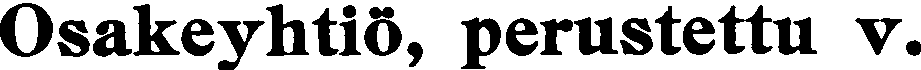
Osakeyhtiö, perustettu v.